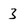
Character: 3